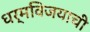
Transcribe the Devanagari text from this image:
धर्मविजयाची